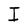
Character: I